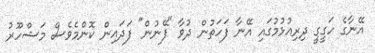
އޭނާގެ ހަގީގީ ދިރިއުޅުމުގައި އޭނާ ފަހަތުން ދުވާ "ފޭނުން" ފަދައިން ކޮންމެވެސް މަޝްހޫރު